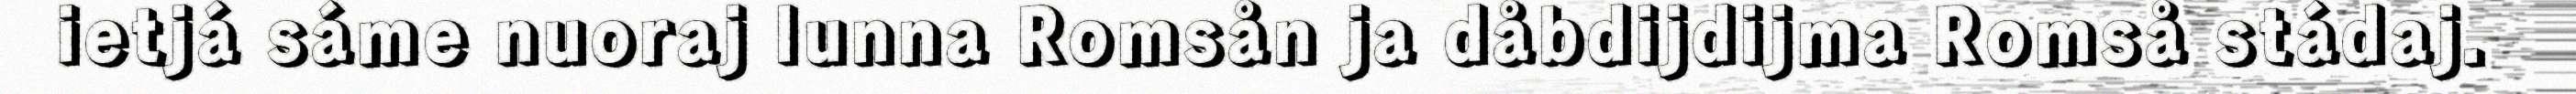
ietjá sáme nuoraj lunna Romsån ja dåbdijdijma Romså stádaj.